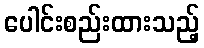
ပေါင်းစည်းထားသည့်